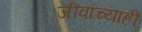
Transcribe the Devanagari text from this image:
जीवांच्याही